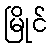
မြိုင်